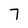
Character: 7